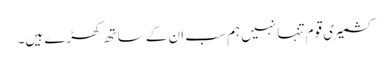
کشمیری قوم تنہا نہیں ہم سب ان کے ساتھ کھڑے ہیں۔